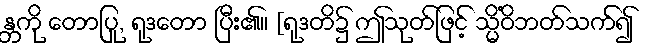
န္တကို တောပြု, ရုဒတော ပြီး၏။ [ရုဒတိ၌ ဤသုတ်ဖြင့် သ္မိံဝိဘတ်သက်၍